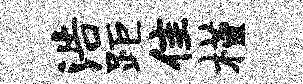
浩距隹槿